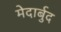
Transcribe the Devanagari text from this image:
मेदार्बुद